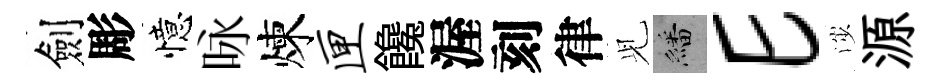
劍彫憶咏煉匣饞渥刻律𫤗繙E渉源